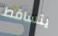
يتساقط